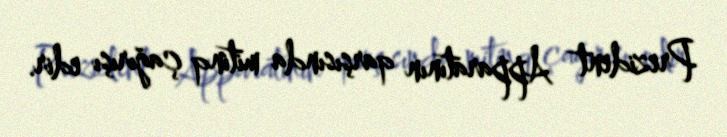
Prezident Apparatının qarşısında mitinq çağırışı edir.